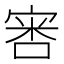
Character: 𫳢